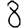
Digit: 8